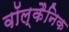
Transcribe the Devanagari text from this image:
वॉल्कैनिक